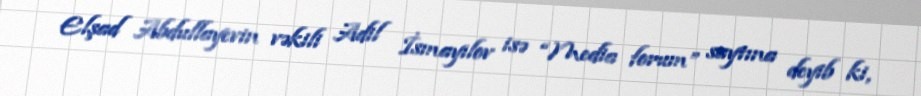
Elşad Abdullayevin vəkili Adil İsmayılov isə “Media forum” saytına deyib ki,